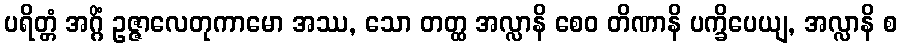
ပရိတ္တံ အဂ္ဂိံ ဥဇ္ဇာလေတုကာမော အဿ, သော တတ္ထ အလ္လာနိ စေဝ တိဏာနိ ပက္ခိပေယျ, အလ္လာနိ စ